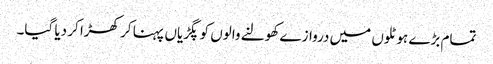
تمام بڑے ہوٹلوں میں دروازے کھولنے والوں کو پگڑیاں پہنا کر کھڑا کر دیا گیا۔